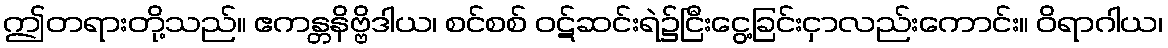
ဤတရားတို့သည်။ ဧကန္တနိဗ္ဗိဒါယ၊ စင်စစ် ဝဋ်ဆင်းရဲ၌ငြီးငွေ့ခြင်းငှာလည်းကောင်း။ ဝိရာဂါယ၊